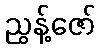
ညွန့်ဇော်